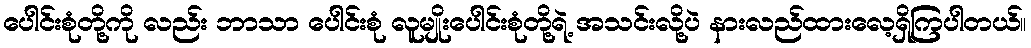
ပေါင်းစုံတို့ကို လည်း ဘာသာ ပေါင်းစုံ လူမျိုးပေါင်းစုံတို့ရဲ့ အသင်းလို့ပဲ နားလည်ထားလေ့ရှိကြပါတယ်။